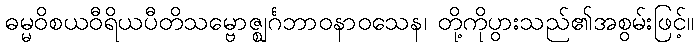
ဓမ္မဝိစယဝီရိယပီတိသမ္ဗောဇ္ဈင်္ဂဘာဝနာဝသေန၊ တို့ကိုပွားသည်၏အစွမ်းဖြင့်။